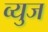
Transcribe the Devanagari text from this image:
व्युज